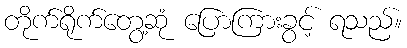
တိုက်ရိုက်တွေ့ဆုံ ပြောကြားခွင့် ရသည်။